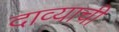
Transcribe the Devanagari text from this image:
दाव्याची